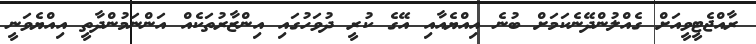
ރާއްޖެޓީވީއަށް ގެއްލުންދޭނެކަމަށް ބުނެ އިއްޔެއާއި އޭގެ ކުރީ ދުވަހުގައި އިންޒާރުތަކެއް އަންނަމުންދާތީ އިއްޔެވަނީ